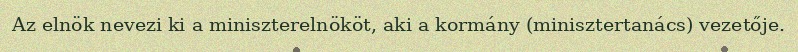
Az elnök nevezi ki a miniszterelnököt, aki a kormány (minisztertanács) vezetője.